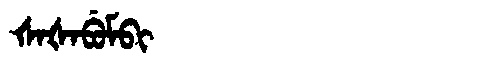
Manchu: ᡧᠠᡧᠠᠪᡠᠮᠪᡳ
Romanization: ŠAŠABUMBI